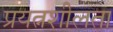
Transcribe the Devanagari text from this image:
प्रयत्नशीलता